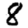
Digit: 8